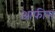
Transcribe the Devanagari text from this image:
आफीस